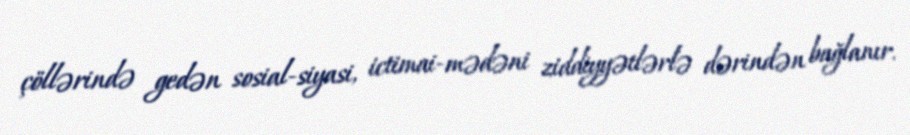
çöllərində gedən sosial-siyasi, ictimai-mədəni ziddiyyətlərlə dərindən bağlanır.